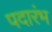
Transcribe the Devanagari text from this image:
पदारंभ